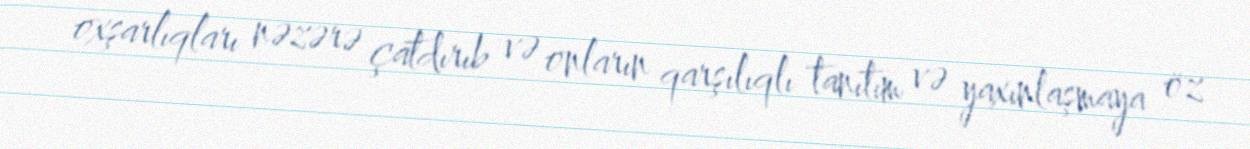
oxşarlıqları nəzərə çatdırıb və onların qarşılıqlı tanıtım və yaxınlaşmaya öz